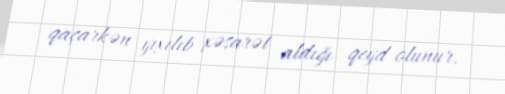
qaçarkən yıxılıb xəsarət aldığı qeyd olunur.